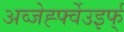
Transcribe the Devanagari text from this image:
अव्जेर्ह्फ्वेउइर्फ्